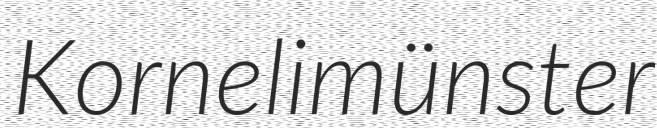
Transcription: Kornelimünster